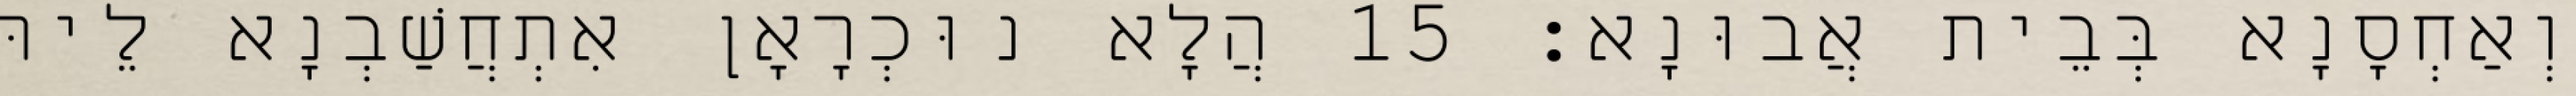
וְאַחְסָנָא בְּבֵית אֲבוּנָא׃ 15 הֲלָא נוּכְרָאָן אִתְחֲשַׁבְנָא לֵיהּ